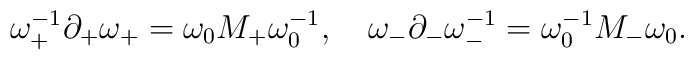
\omega_+^{-1} \partial_+ \omega_+ =\omega_0 M_+\omega_0^{-1},\quad\omega_- \partial_- \omega_-^{-1} =\omega_0^{-1} M_-\omega_0.